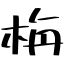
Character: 栴